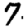
Digit: 7